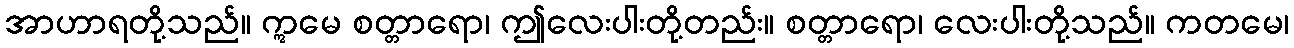
အာဟာရတို့သည်။ ဣမေ စတ္တာရော၊ ဤလေးပါးတို့တည်း။ စတ္တာရော၊ လေးပါးတို့သည်။ ကတမေ၊